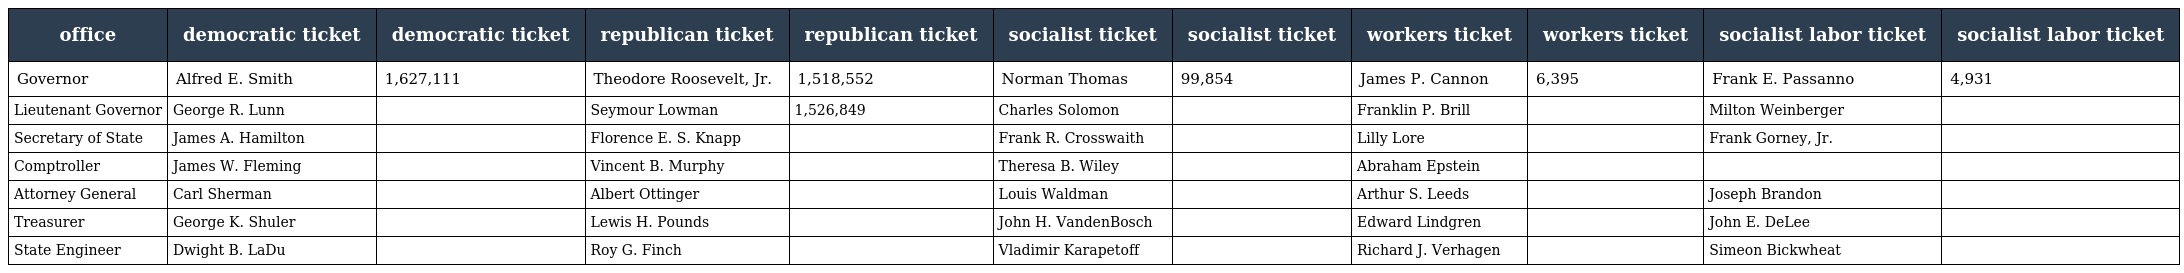
| office | democratic ticket | democratic ticket | republican ticket | republican ticket | socialist ticket | socialist ticket | workers ticket | workers ticket | socialist labor ticket | socialist labor ticket |
 | --- | --- | --- | --- | --- | --- | --- | --- | --- | --- | --- |
 | Governor | Alfred E. Smith | 1,627,111 | Theodore Roosevelt, Jr. | 1,518,552 | Norman Thomas | 99,854 | James P. Cannon | 6,395 | Frank E. Passanno | 4,931 |
 | Lieutenant Governor | George R. Lunn |  | Seymour Lowman | 1,526,849 | Charles Solomon |  | Franklin P. Brill |  | Milton Weinberger |  |
 | Secretary of State | James A. Hamilton |  | Florence E. S. Knapp |  | Frank R. Crosswaith |  | Lilly Lore |  | Frank Gorney, Jr. |  |
 | Comptroller | James W. Fleming |  | Vincent B. Murphy |  | Theresa B. Wiley |  | Abraham Epstein |  |  |  |
 | Attorney General | Carl Sherman |  | Albert Ottinger |  | Louis Waldman |  | Arthur S. Leeds |  | Joseph Brandon |  |
 | Treasurer | George K. Shuler |  | Lewis H. Pounds |  | John H. VandenBosch |  | Edward Lindgren |  | John E. DeLee |  |
 | State Engineer | Dwight B. LaDu |  | Roy G. Finch |  | Vladimir Karapetoff |  | Richard J. Verhagen |  | Simeon Bickwheat |  |